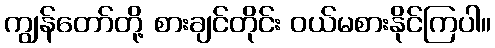
ကျွန်တော်တို့ စားချင်တိုင်း ဝယ်မစားနိုင်ကြပါ။